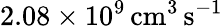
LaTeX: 2.08\times 10^{9}\, \mathrm{cm}^{3}\, \mathrm{s}^{-1}